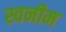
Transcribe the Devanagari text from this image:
स्वनीम